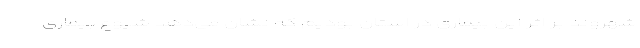
شهروند بر اثر این بیماری در استان بودیم که نشان می‌دهد شیوع بیماری